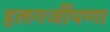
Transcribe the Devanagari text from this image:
हलगर्जीपणा